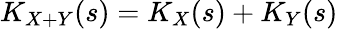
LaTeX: K_{X+Y}(s)=K_{X}(s)+K_{Y}(s)